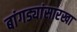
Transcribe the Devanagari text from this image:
बांगड्यांसारखा